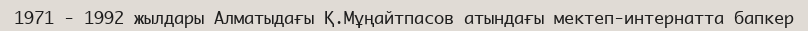
1971 - 1992 жылдары Алматыдағы Қ.Мұңайтпасов атындағы мектеп-интернатта бапкер